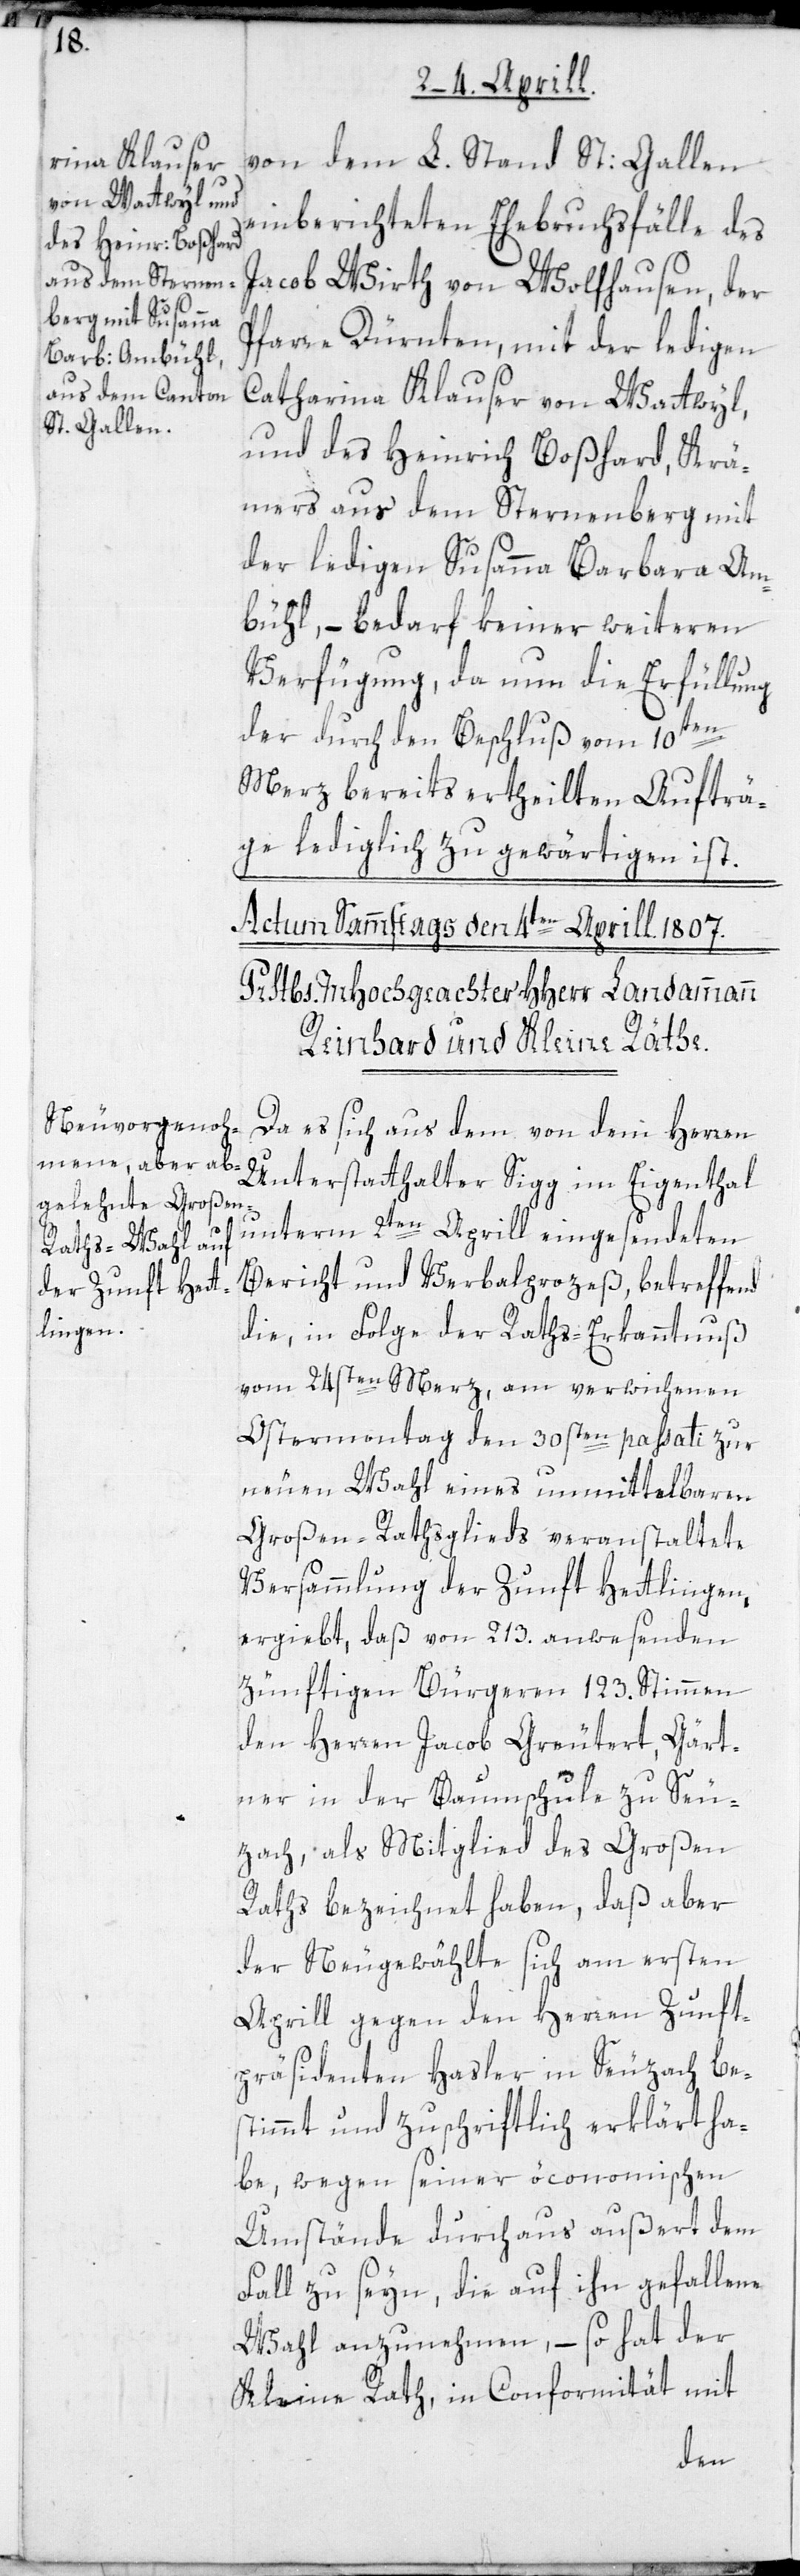
von dem L. Stand St: Gallen
einberichteten Ehebruchsfälle des
Jacob Wirth von Wolfhausen, der
Pfarre Dürnten, mit der ledigen
Catharina Klauser von Wattwyl,
und des Heinrich Boßhard, Krä¬
mers aus dem Sternenberg mit
der ledigen Susanna Barbara Am¬
bühl, – bedarf keiner weiteren
Verfügung, da nun die Erfüllung
der durch den Beschluß vom 10ten
Merz bereits ertheilten Aufträ¬
ge lediglich zu gewärtigen ist.
Da es sich aus dem von dem Herren
Unterstatthalter Sigg im Eigenthal
unterm 2ten Aprill eingesendeten
Bericht und Verbalprozeß, betreffend
die, in Folge der Raths-Erkanntnuß
vom 24sten Merz, am verwichenen
Ostermontag den 30sten passati zur
neuen Wahl eines unmittelbaren
Großen-Rathsglieds veranstaltete
Versammlung der Zunft Hettlingen,
ergiebt, daß von 213. anwesenden
zünftigen Bürgeren 123. Stimmen
den Herren Jacob Greutert, Gärt¬
ner in der Baumschule zu Seu¬
zach, als Mitglied des Großen
Raths bezeichnet haben, daß aber
der Neugewählte sich am ersten
Aprill gegen den Herren Zunft¬
präsidenten Hasler in Seuzach be¬
stimmt und zuschriftlich erklärt ha¬
be, wegen seiner öconomischen
Umstände durchaus außert dem
Fall zu seyn, die auf ihn gefallene
Wahl anzunehmen, – so hat der
Kleine Rat, in Conformität mit